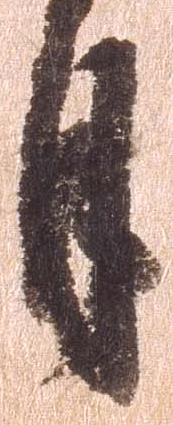
月